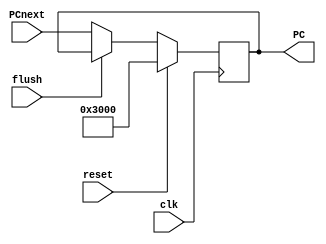
`timescale 1ns / 1ps

module IFU(
    input clk,
    input reset,
    input flush,
    input [31:0] PCnext,
    output reg [31:0] PC
    );

always @(posedge clk) begin
  if(reset==1) begin
    PC <=32'h0000_3000;
  end

  else if(flush==1) begin
    PC <= PC;
  end

  else begin
    PC <= PCnext;
  end
end

endmodule